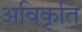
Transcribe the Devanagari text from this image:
अविकृति